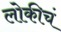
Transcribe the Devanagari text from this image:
लोकीचं